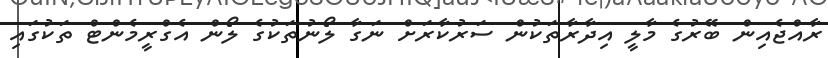
ރާއްޖެއިން ބޭރުގެ މާލީ އިދާރާތަކުން ސަރުކާރަށް ނަގާ ލޯނުތަކުގެ ލޯން އެގްރީމެންޓް ތަކުގައި